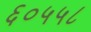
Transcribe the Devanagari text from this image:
६०५५८